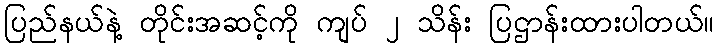
ပြည်နယ်နဲ့ တိုင်းအဆင့်ကို ကျပ် ၂ သိန်း ပြဌာန်းထားပါတယ်။